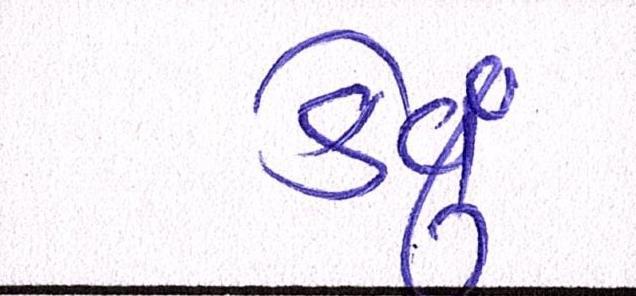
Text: કેવું